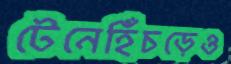
টেনেহিঁচড়েও